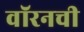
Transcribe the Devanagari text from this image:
वॉरनची